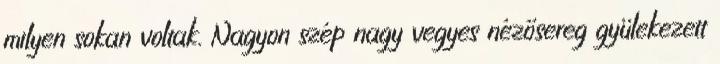
milyen sokan voltak. Nagyon szép nagy vegyes nézősereg gyülekezett